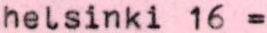
helsinki 16 =